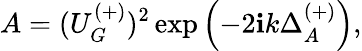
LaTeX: A=(U_{G}^{(+)})^{2}\exp\left(-2\mathbf{i}k\Delta_{A}^{(+)}\right),